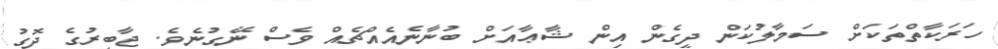
ހަރަކާތްތަކަށް ސަމާލުކަން ދީގެން އިން ޝާޢާއަށް ބުނާނެއެއްޗެއް ވެސް ނޭގުނެވެ. ޖާބިރުގެ ދޮގު